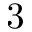
3